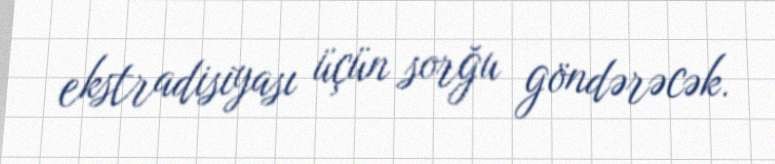
ekstradisiyası üçün sorğu göndərəcək.